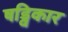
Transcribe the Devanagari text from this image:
षड्विकार